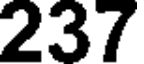
237